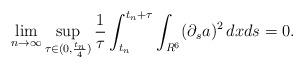
\begin{align*}\lim_{n\to\infty}\sup_{\tau\in(0,\frac{t_n}{4})}\frac{1}{\tau}\int_{t_n}^{t_n+\tau}\int_{R^6}(\partial_sa)^2\,dxds=0.\end{align*}